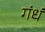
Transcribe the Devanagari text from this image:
गंधं